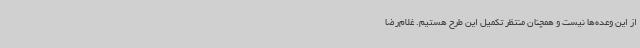
از این وعده‌ها نیست و همچنان منتظر تکمیل این طرح هستیم. غلام‌رضا